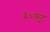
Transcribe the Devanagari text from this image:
३०फुट